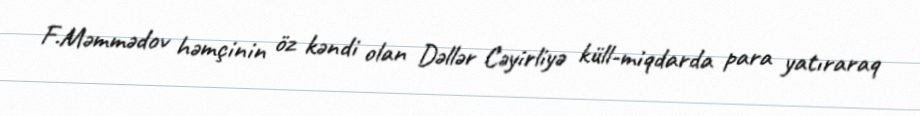
F.Məmmədov həmçinin öz kəndi olan Dəllər Cəyirliyə küll-miqdarda para yatıraraq